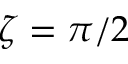
\zeta = \pi / 2